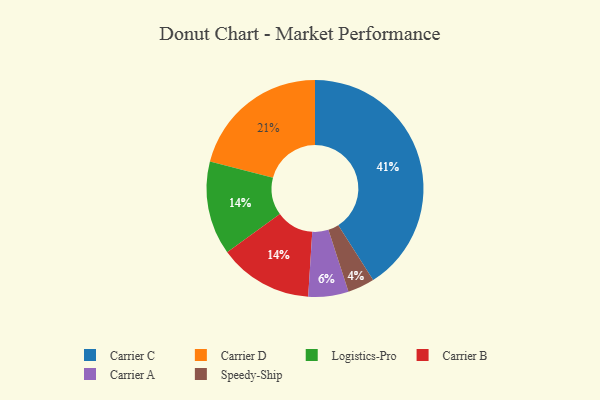
{"axis": {"x": "Category", "y": "Percentage"}, "legend": ["Carrier A", "Carrier B", "Carrier C", "Carrier D", "Logistics-Pro", "Speedy-Ship"], "data": [{"x": "Carrier C", "y": 41, "type": "Carrier C"}, {"x": "Carrier A", "y": 6, "type": "Carrier A"}, {"x": "Carrier D", "y": 21, "type": "Carrier D"}, {"x": "Logistics-Pro", "y": 14, "type": "Logistics-Pro"}, {"x": "Carrier B", "y": 14, "type": "Carrier B"}, {"x": "Speedy-Ship", "y": 4, "type": "Speedy-Ship"}]}